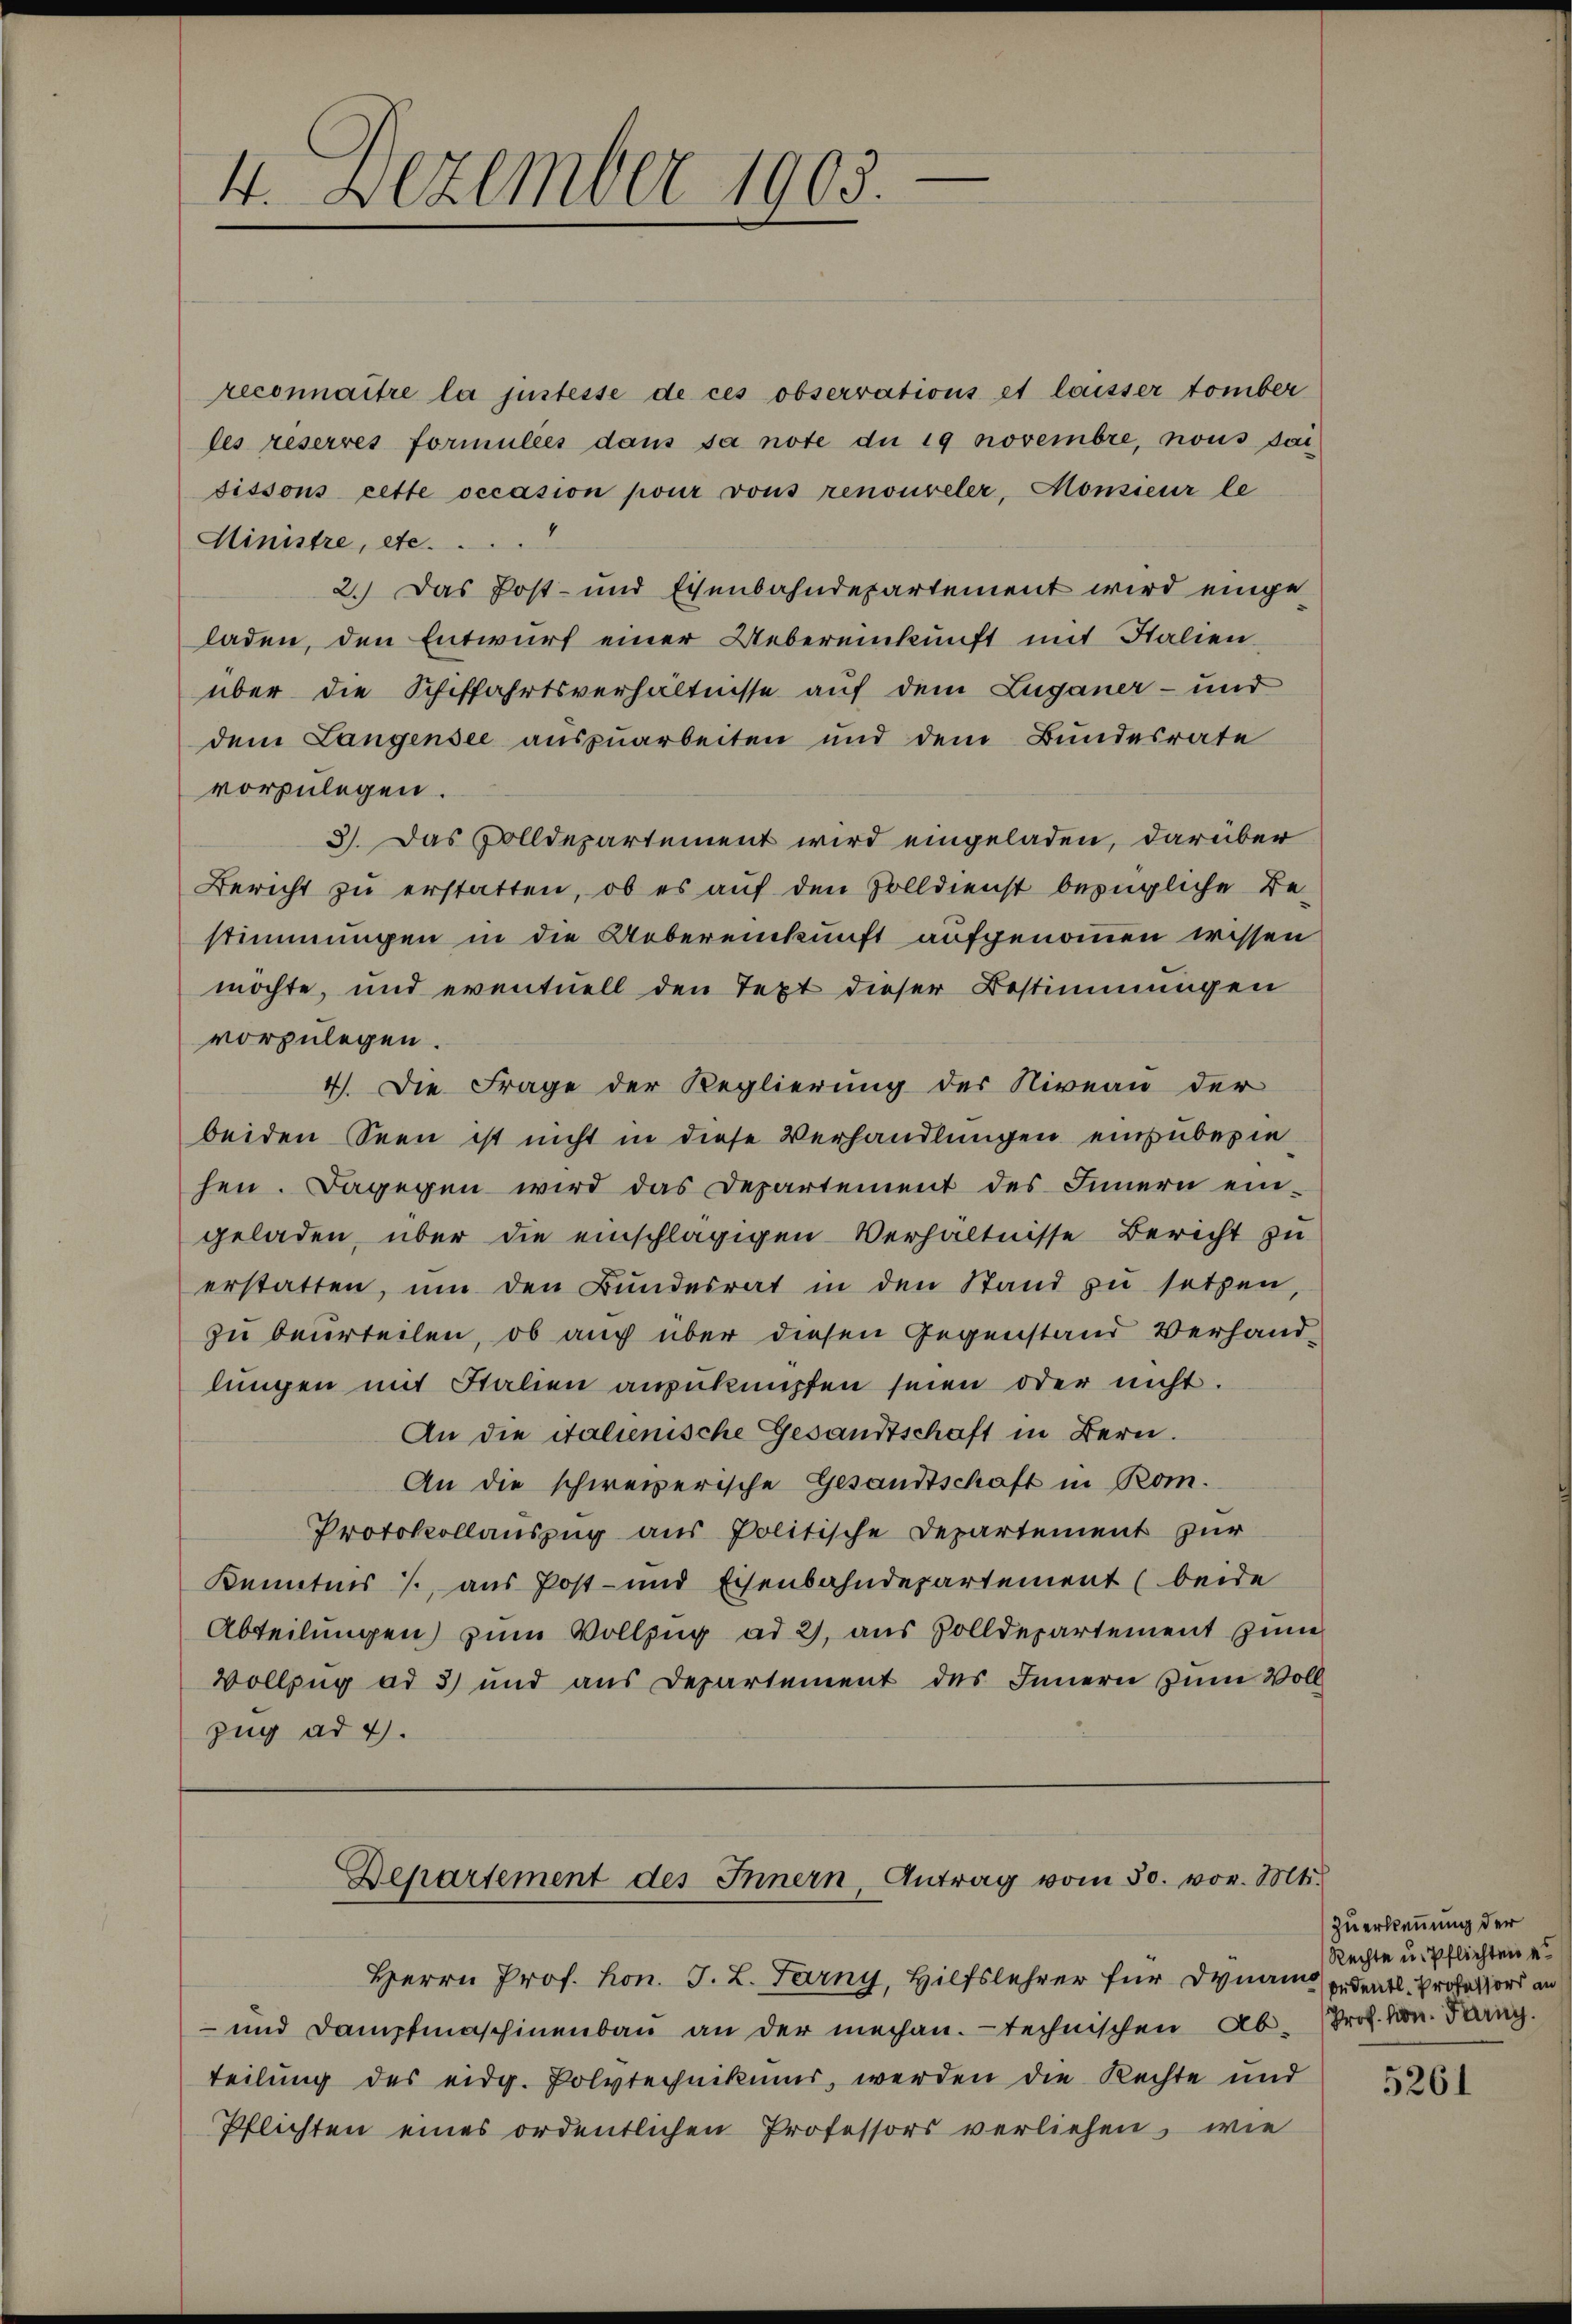
4. Dezember 1903.

reconnaître la justesse de ces observations et lasser tomber
les reserres formulies dans sa note du 19 novembre, sous sai
sissons cette occasion pour vons renouveler, Monsieur le
Ministre, etc. . . .
2.) Das Post- und Eisenbahndepartement wird einge
laden, den Entwurf einer Uebereinkunft mit Stalien
über die Schiffahrtsverhältnisse auf dem Luganer- und
dem Langensee auszuarbeiten und dem Bundesrate
vorzulegen.
3). Das Solldepartement wird eingeladen, darüber
Bericht zu erstatten, ob es auf den Zolldienst bezügliche Be-
stimmungen in die Uebereinkunft aufgenommen wissen
möchte, und eventuell den Text dieser Bestimmungen
vorzulegen.
4). Die Frage der Regierung des Niveau der
beiden Seen ist nicht in diese Verhandlungen einzuberie
hen. Dagegen wird das Departement des Innern eingeladen, über die einschlägigen Verhältnisse Bericht zu
erstatten, um den Bundesrat in den Stand zu setzen,
zu beurteilen, ob auch über diesen Gegenstand Verhandlungen mit Stalien anzuknüpfen seien oder nicht.
An die italienische Gesandtschaft in Bern.
An die schweizerische Gesandtschaft in Rom.
Protokollauszug aus Politische Departement zur
Kenntnis 1., aus Post- und Eisenbahndepartement (beide
Abteilungen zum Vollzug ad 2, aus Zolldepartement zum
Vollzug ad 3) und aus Departement des Innern zum Voll
zug ad 4.

Departement des Innern, Antrag vom 30. vor. Mts.

Herrn Prof. Hon. J. L. Ferny, Hilfslehrer für Dynam ordentl. Professors an
- und Dampfmaschinenbau an der mechan.  technischen Ab- Prof. Hrn. Tanz.
teilung des eidg. Polytechnikums, werden die Rechte und
Pflichten eines ordentlichen Professors verliehen, wie

zuerkennung der
Rechte u. Pflichten e

5261